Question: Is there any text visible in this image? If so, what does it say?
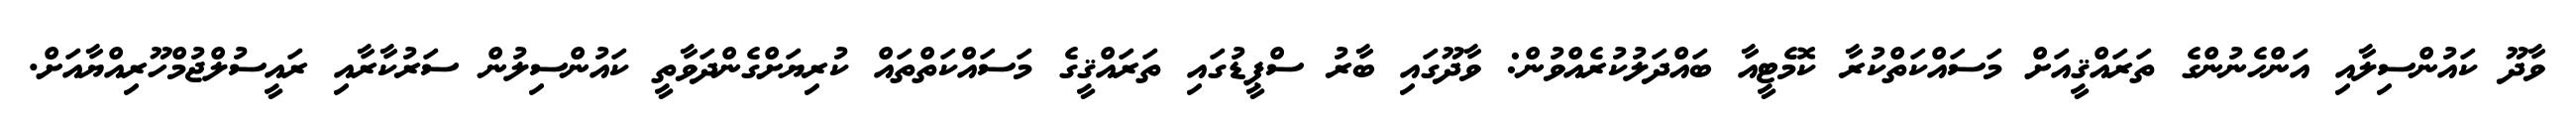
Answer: ވާދޫ ކައުންސިލާއި އަންހެނުންގެ ތަރައްޤީއަށް މަސައްކަތްކުރާ ކޮމެޓީއާ ބައްދަލުކުރެއްވުން: ވާދޫގައި ބާރު ސްޕީޑުގައި ތަރައްޤީގެ މަސައްކަތްތައް ކުރިޔަށްގެންދަވާތީ ކައުންސިލުން ސަރުކާރާއި ރައީސުލްޖުމްހޫރިއްޔާއަށް.